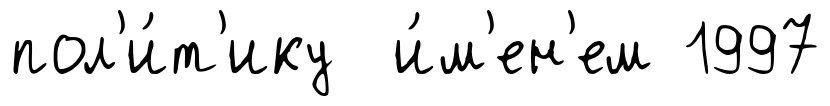
пол'и́т'ику и́м'ен'ем 1997